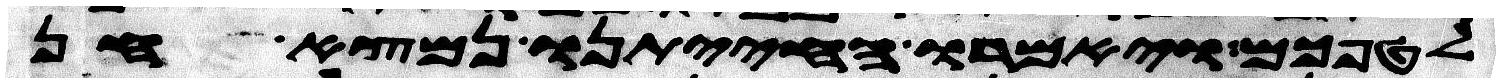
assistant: לטפכם ויאמרו החיתנו נמצא חן